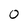
Character: 0